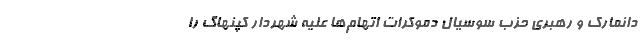
دانمارک و رهبری حزب سوسیال دموکرات اتهام‌ها علیه شهردار کپنهاگ را